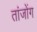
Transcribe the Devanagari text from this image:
तांजोंग